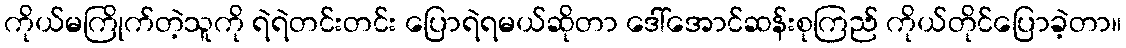
ကိုယ်မကြိုက်တဲ့သူကို ရဲရဲတင်းတင်း ပြောရဲရမယ်ဆိုတာ ဒေါ်အောင်ဆန်းစုကြည် ကိုယ်တိုင်ပြောခဲ့တာ။